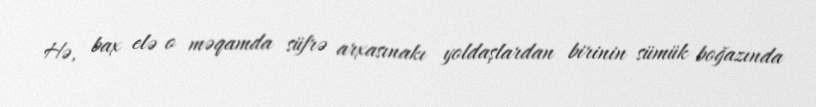
Hə, bax elə o məqamda süfrə arxasınakı yoldaşlardan birinin sümük boğazında